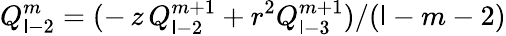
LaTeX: Q_{\mathsf{l}-2}^{m}=(-\, z\, Q_{\mathsf{l}-2}^{m+1}+r^{2}Q_{\mathsf{l}-3}^{m+1})/(\mathsf{l}-m-2)